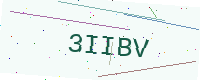
Text: 3IIBV